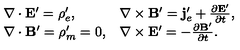
\begin{array} { l l } { \nabla \cdot \mathbf { E } ^ { \prime } = \rho _ { e } ^ { \prime } , } & { \nabla \times \mathbf { B } ^ { \prime } = \mathbf { j } _ { e } ^ { \prime } + \frac { \partial \mathbf { E ^ { \prime } } } { \partial t } , } \\ { \nabla \cdot \mathbf { B } ^ { \prime } = \rho _ { m } ^ { \prime } = 0 , } & { \nabla \times \mathbf { E } ^ { \prime } = - \frac { \partial \mathbf { B ^ { \prime } } } { \partial t } . } \\ \end{array}